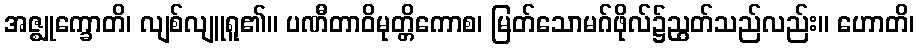
အဇ္ဈုက္ခောတိ၊ လျစ်လျူရူ၏။ ပဏီတာဝိမုတ္တိကောစ၊ မြတ်သောမဂ်ဖိုလ်၌ညွတ်သည်လည်း။ ဟောတိ၊